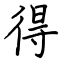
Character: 得